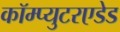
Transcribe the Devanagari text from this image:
कॉम्प्युटरएडेड